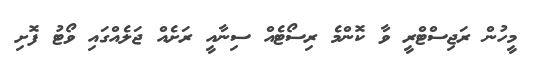
މީހުން ރަޖިސްޓްރީ ވާ ކޮންމެ ރިސޯޓެއް ސިނާއީ ރަށެއް ޖަލެއްގައި ވޯޓު ފޮށި